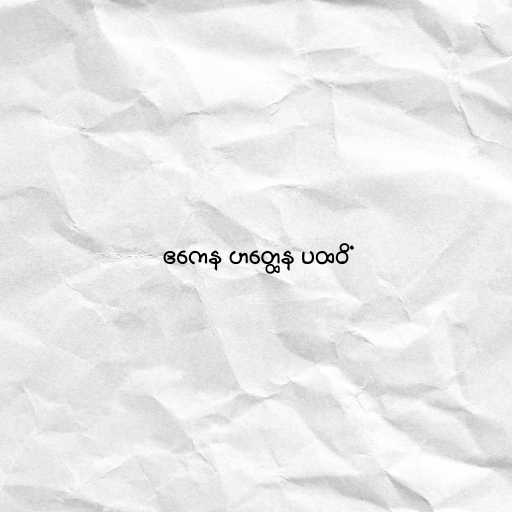
ဧကေန ဟတ္ထေန ပထဝိံ